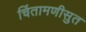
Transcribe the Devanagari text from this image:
चिंतामणीसुत